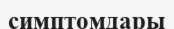
симптомдары